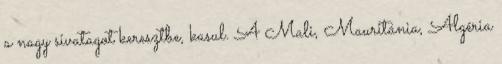
a nagy sivatagot keresztbe, kasul. A Mali, Mauritánia, Algéria